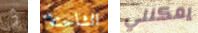
و الشاحنة يمكنني